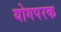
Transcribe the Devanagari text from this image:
योगपरक